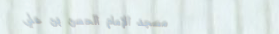
مسجد الإمام الحسن بن علي